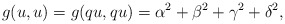
\begin{align*} g(u, u)= g(qu, qu)=\alpha^{2}+\beta^{2}+\gamma^{2}+\delta^{2}, \end{align*}